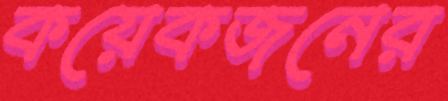
কয়েকজনের